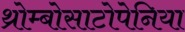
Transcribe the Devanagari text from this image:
थ्रोम्बोसाटोपेनिया